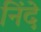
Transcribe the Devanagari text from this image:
निंदे